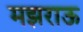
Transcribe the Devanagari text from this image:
मझराऊ